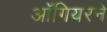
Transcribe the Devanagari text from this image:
ऑगियरने